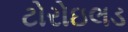
ટોરોઇલડ